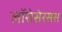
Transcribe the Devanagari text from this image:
लॉरोसेरसस